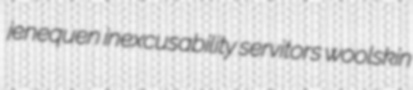
jenequen inexcusability servitors woolskin